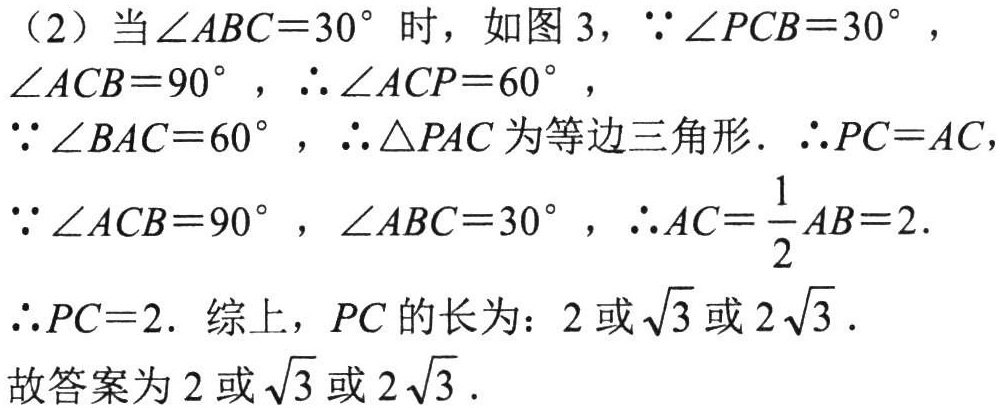
（2）当\(\angle ABC = 30^{\circ}\)时，如图 3，\(\because\angle PCB = 30^{\circ}\)，\(\angle ACB = 90^{\circ}\)，\(\therefore\angle ACP = 60^{\circ}\)，
\(\because\angle BAC = 60^{\circ}\)，\(\therefore\triangle PAC\)为等边三角形. \(\therefore PC = AC\)，
\(\because\angle ACB = 90^{\circ}\)，\(\angle ABC = 30^{\circ}\)，\(\therefore AC=\frac{1}{2}AB = 2\).
\(\therefore PC = 2\). 综上，\(PC\)的长为：\(2\)或\(\sqrt{3}\)或\(2\sqrt{3}\).
\(\therefore PC = 2\). 综上，\(PC\)的长为：\(2\)或\(\sqrt{3}\)或\(2\sqrt{3}\).
故答案为\(2\)或\(\sqrt{3}\)或\(2\sqrt{3}\).